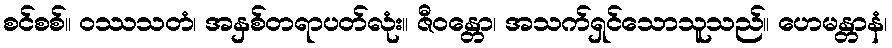
စင်စစ်။ ဝဿသတံ၊ အနှစ်တရာပတ်လုံး။ ဇီဝန္တော၊ အသက်ရှင်သောသူသည်။ ဟေမန္တာနံ၊